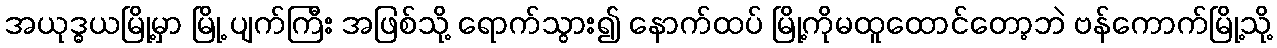
အယုဒ္ဓယမြို့မှာ မြို့ ပျက်ကြီး အဖြစ်သို့ ရောက်သွား၍ နောက်ထပ် မြို့ကိုမထူထောင်တော့ဘဲ ဗန်ကောက်မြို့သို့